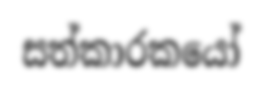
සත්කාරකයෝ